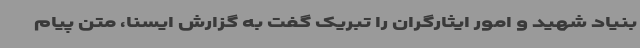
بنیاد شهید و امور ایثارگران را تبریک گفت به گزارش ایسنا، متن پیام